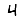
Digit: 4